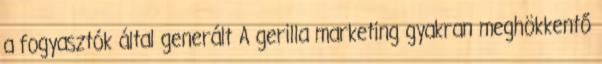
a fogyasztók által generált A gerilla marketing gyakran meghökkentő